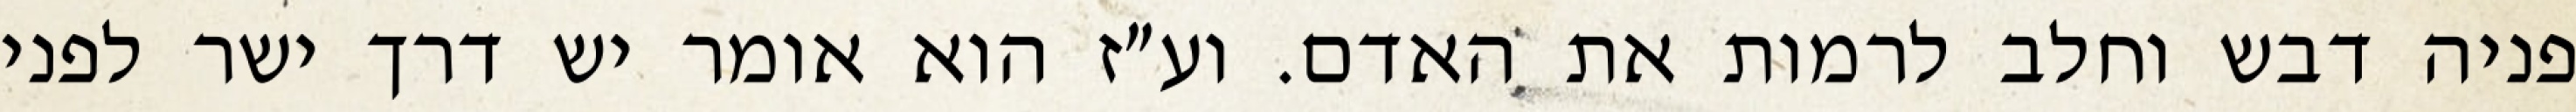
פניה דבש וחלב לרמות את האדם. וע״ז הוא אומר יש דרך ישר לפני